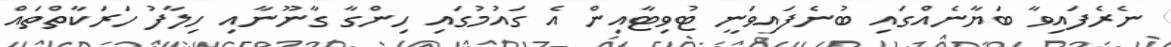
ނެރެފައިވާ ބަޔާނެއްގައި ބުނެފައިވަނީ ޓުވިޓާއިން އެ ގައުމުގައި ހިންގާ ގާނޫނާއި ހިލާފު ހަރަކާތްތައް